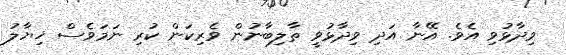
ވިދާޅުވި އެވެ. އޭނާ އަދި ވިދާޅުވީ ތާލިބާނުން ވެރިކަން ކުރި ނަމަވެސް ޚިޔާލު